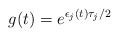
\begin{align*}g(t)= e^{ \epsilon_j(t)\tau_j/2}\end{align*}